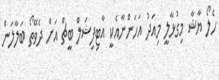
ހެލޯ ޔާޝާ މިގުޅާލީ މިއަދު އަހަންނާއެކީ އާޓިފިޝަލް ބީޗް އަށް ދެވޭތޯ ބަލާލަން